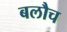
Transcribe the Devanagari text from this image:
बलौच